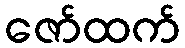
ဇော်ထက်